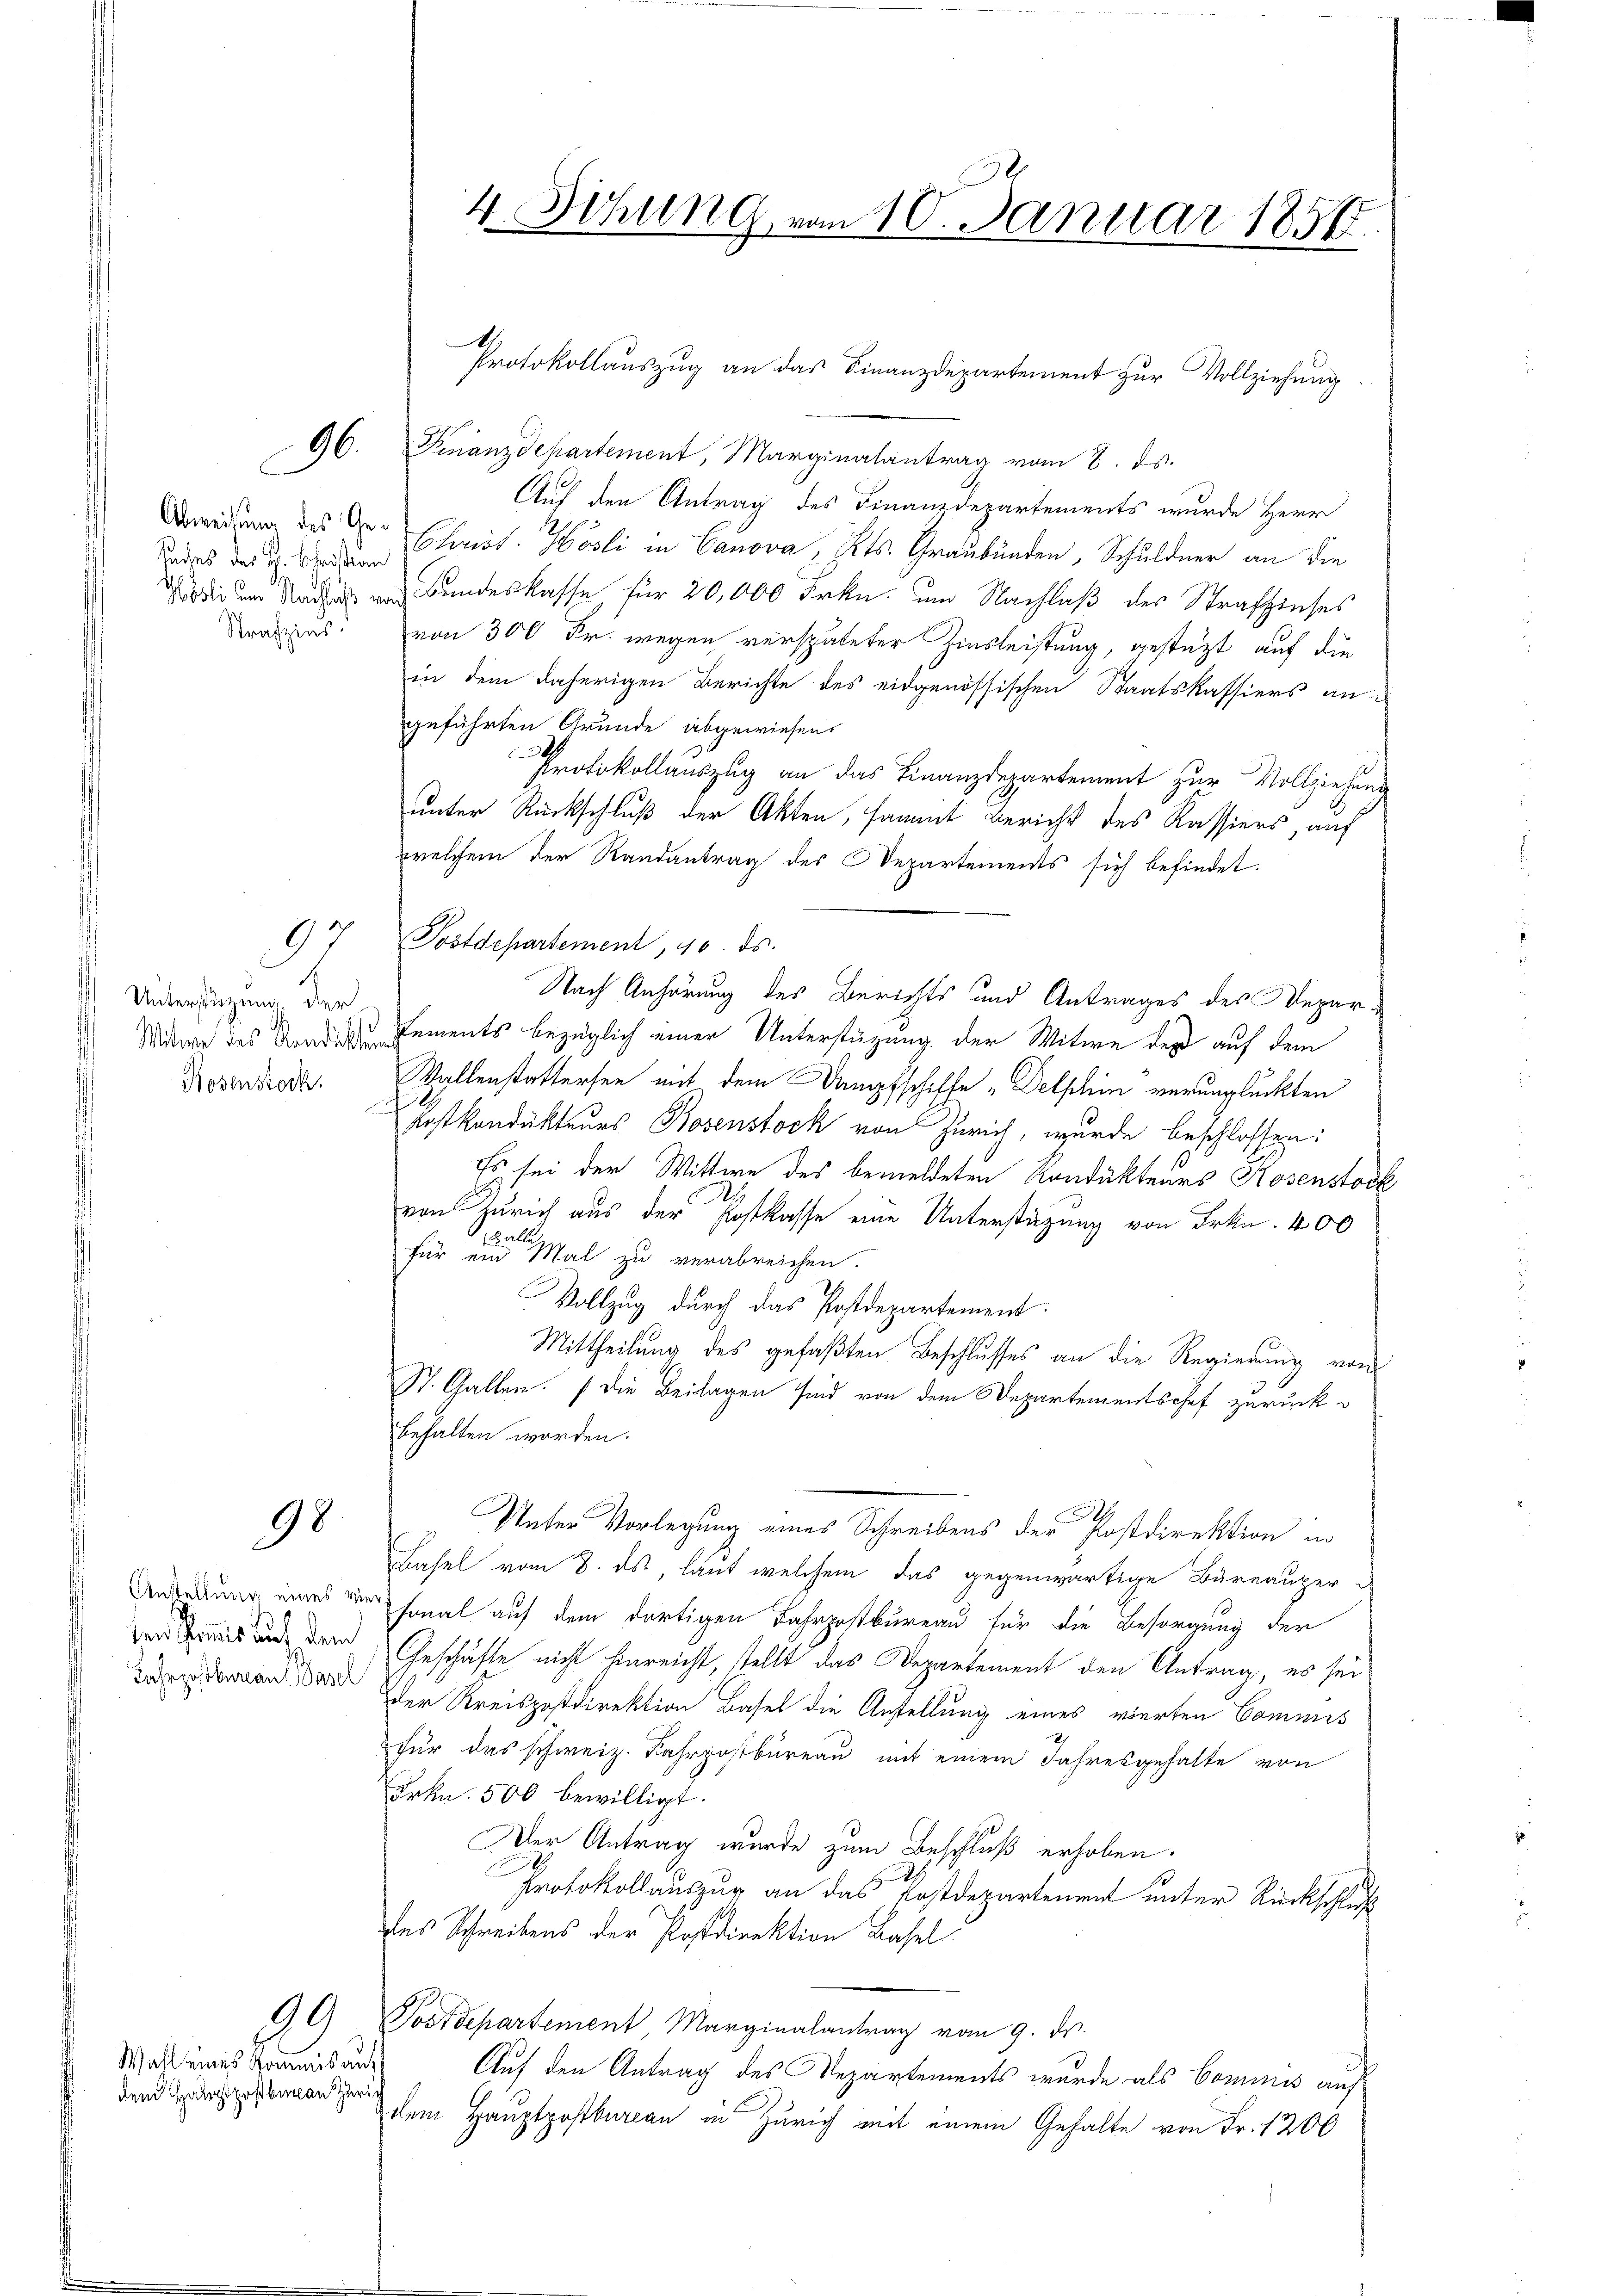
Suches der Hr. Christian
Strafzins.

92

p Unterstüzung der
Hosenstock

98

Anstellung eines vi
Fahrpostbureau Basel

Wahl eines Kommis auf
dem Hauptpoßberau Zürich

99

96. Finanzdepartement, Marginalantrag vom 8. ds.
Auf den Antrag des Finanzdepartements wurde Herr
Beredung des der Christ. Hösli in Canova , Kts. Graubünden, Schuldner an die
di und Nadel war Bundeskasse für 20,000 Frkn. und Nachlaß der Strafszinses
von 300 Fr. wegen verspäteter Zinsleistung, gestützt auf die
in dem daherigen Berichte des eidgenössischen Staatskassiers angeführten Grunde abgewiesen.
Protokollauszug an das Finanzdepartement zur Vollziehung
unter Rückschluß der Akten, sammt Bericht des Kassiers, auf
welchem der Randantrag des Departements sich befindet.
Postdepartement, 40. ds.
Nach Anhörung des Berichts und Antrages des Depar¬
Wittwe des Sondements bezüglich einer Unterstützung der Witwe des auf dem
Wallenstattersee mit dem Dampfschiffe „Delphin verunglückten
Krstkondukteurs Rosenstock von Zürich, wurde beschlossen:
Es sei der Wittwe des bemeldeten Kondukteurs Kosenstock
von Zürich aus der Postkasse eine Unterstüzung von Frkn. 400
8
für einer Mal zu verabreichen.
Vollzug durch das Postdepartement.
Mittheilung des gefaßten Beschlusses an die Regierung von
St. Gallen. Die Beilagen sind von dem Departementschef zurück
behalten worden.
Unter Vorlegung eines Schreibens der Postdirektion in
Bahel vom 8. ds, laut welchem das gegenwärtige Büreauser-
 sonal auf dem dortigen Fahrpostkureau für die Besorgung der
der Seit und dem Geschäfte nicht hinreicht, stellt das Departement den Antrag, es sei
der Kreispostdirektion Basel die Anstellung eines vierten Commis
für das schweiz. Fahrpostbureau mit einem Jahresgehalte von
Frkn. 500 bewilligt.
Der Antrag wurde zum Beschluß erhoben.
Protokollauszug an das Postdepartement unter Rückschluß
des Schreibens der Postdirektion Basel:
Postdepartement Marginalantrag vom 9. ds.
Auf den Antrag des Repartements wurde als Cominis auf
dem Hauptpostbureau in Zürich mit einem Gehalte von Fr. 1200

4. Sitzung vom 10. Januar 1858.

Protokollauszug an das Finanzdepartement zur Vollziehung.